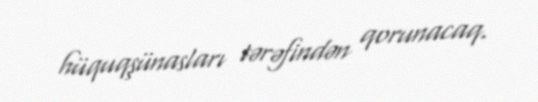
hüquqşünasları tərəfindən qorunacaq.